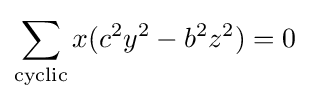
\sum _{\text{cyclic}}x(c^{2}y^{2}-b^{2}z^{2})=0